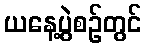
ယနေ့ပွဲစဉ်တွင်